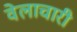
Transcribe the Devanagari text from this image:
वेलाचारी